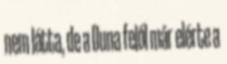
nem látta, de a Duna felől már elérte a